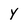
Character: y